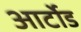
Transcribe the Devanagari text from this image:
आर्टोड